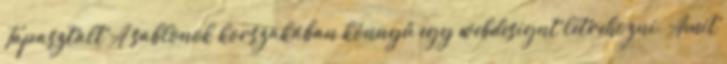
Tapasztalt A sablonok korszakában könnyû egy webdesignt létrehozni. Amit